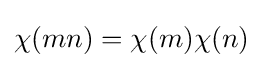
{\textstyle \chi (mn)=\chi (m)\chi (n)}